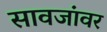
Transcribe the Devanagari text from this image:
सावजांवर